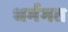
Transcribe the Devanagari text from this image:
धर्मगत